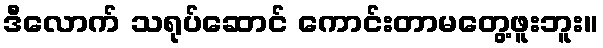
ဒီလောက် သရုပ်ဆောင် ကောင်းတာမတွေ့ဖူးဘူး။